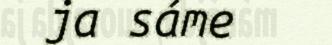
ja sáme